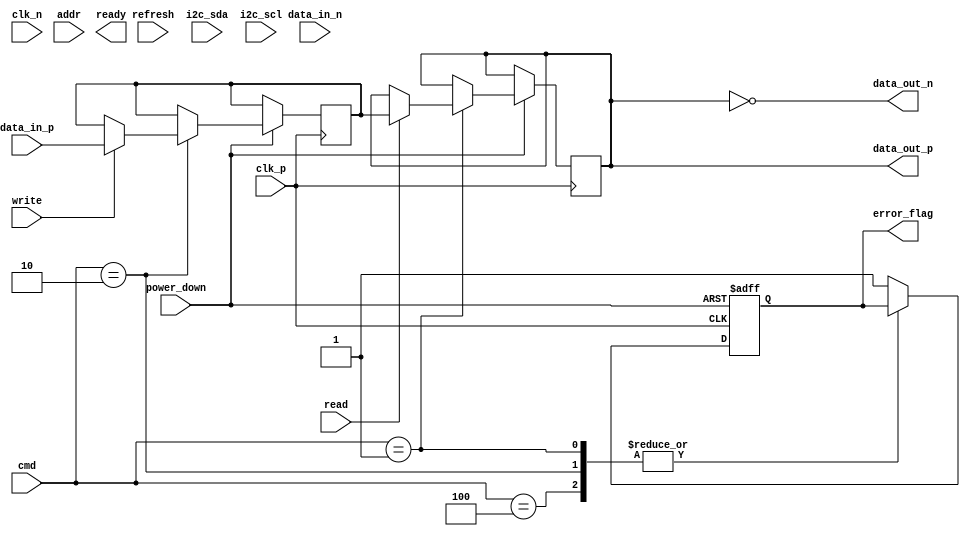
module gddr4_io_block (
    input               clk_p,            // Differential clock positive
    input               clk_n,            // Differential clock negative
    input   [15:0]     data_in_p,        // Input data lanes positive
    input   [15:0]     data_in_n,        // Input data lanes negative
    output  [15:0]     data_out_p,       // Output data lanes positive
    output  [15:0]     data_out_n,       // Output data lanes negative
    input   [4:0]      cmd,              // Command signals
    input   [15:0]     addr,             // Address signals
    input               read,             // Read command
    input               write,            // Write command
    input               refresh,          // Refresh command
    input               power_down,       // Power down signal
    output              ready,            // Ready signal
    output  reg        error_flag,        // Error detection
    input               i2c_sda,          // I2C data line
    input               i2c_scl           // I2C clock line
);

    // Internal signals
    reg [15:0] data_buffer;               // Local buffer for data
    reg [15:0] data_out_buffer;           // Buffer for output data
    reg clk_out;
    
    // I/O Termination and Power Management
    reg odt_enable;                        // On-die termination enable
    reg [3:0] termination_resistance;     // Adjustable termination resistance

    // Example of command processing
    always @(posedge clk_out or negedge power_down) begin
        if (!power_down) begin
            error_flag <= 0; // Reset error flag on power down
        end else begin
            // Command processing
            case (cmd)
                // Handle read
                5'b00001: begin
                    // Read command logic
                    if (read) begin
                        data_out_buffer <= data_buffer; // Simulate reading
                    end
                end
                // Handle write
                5'b00010: begin
                    // Write command logic
                    if (write) begin
                        data_buffer <= data_in_p; // Simulate writing
                    end
                end
                // Handle refresh
                5'b00100: begin
                    // Refresh command logic
                end
                default: begin
                    error_flag <= 1; // Set error on invalid command
                end
            endcase
        end
    end

    // Clock generation logic
    always @(*) begin
        // Simulate differential clocking (for example, simply toggle).
        clk_out = clk_p; // In a real implementation, this would handle edges
    end

    // Differential data I/O
    assign data_out_p = data_out_buffer; // Output data
    assign data_out_n = ~data_out_buffer; // Inversion for differential signaling

    // Power management and termination
    always @(*) begin
        if (power_down) begin
            odt_enable = 0; // Disable ODT in power down mode
            // Other power-saving measures...
        end else begin
            odt_enable = 1; // Enable ODT
            termination_resistance = 4'b1100; // Example resistance
        end
    end

    // I2C Configuration and Control Interface (simplified example)
    // A full implementation would require handling I2C transactions.
    // This is just a placeholder.
    wire [7:0] config_data;
    wire config_ready;
    // I2C handling would go here...

endmodule